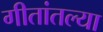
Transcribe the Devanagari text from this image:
गीतांतल्या